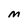
Character: M